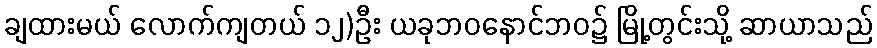
ချထားမယ် လောက်ကျတယ် ၁၂)ဦး ယခုဘဝနောင်ဘဝ၌ မြို့တွင်းသို့ ဆာယာသည်